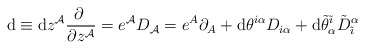
\begin{align*}{\rm d}\equiv {\rm d}z^{{\cal A}}\frac{\partial~}{\partial z^{{\cal A}}}=e^{{\cal A}}D_{{\cal A}}=e^{A}\partial_{A}+{\rm d}\theta^{i\alpha}D_{i\alpha}+{\rm d}\tilde{\theta}^{\tilde{\imath}}_{\alpha}{\tilde{D}}^{\alpha}_{\tilde{\imath}}\end{align*}